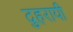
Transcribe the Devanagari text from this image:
दुहरायी